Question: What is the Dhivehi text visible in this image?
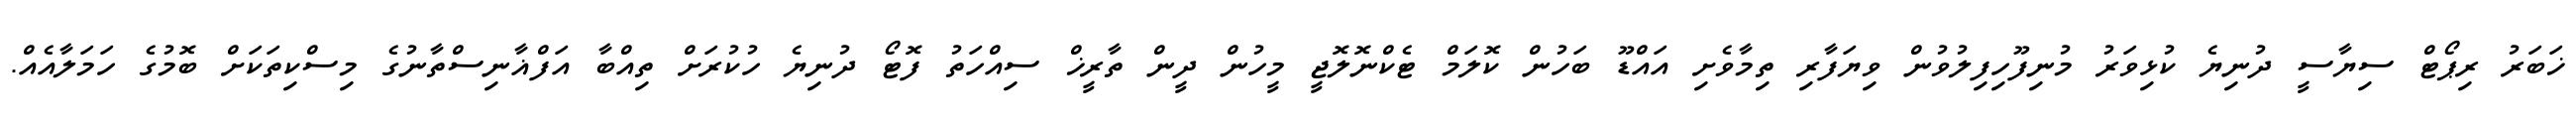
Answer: ޚަބަރު ރިޕޯޓް ސިޔާސީ ދުނިޔެ ކުޅިވަރު މުނިފޫހިފިލުވުން ވިޔަފާރި ތިމާވެށި އައްޑޫ ބަހުން ކޮލަމް ޓެކްނޮލޮޖީ މީހުން ދީން ތާރީޚް ސިއްހަތު ފޮޓޯ ދުނިޔެ ހުކުރަށް ތިއްބާ އަފްޣާނިސްތާނުގެ މިސްކިތަކަށް ބޮމުގެ ހަމަލާއެއް.